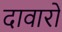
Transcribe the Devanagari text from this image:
दावारों